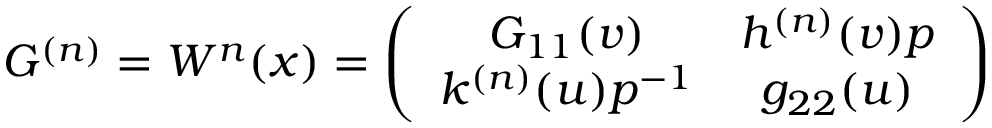
G ^ { ( n ) } = W ^ { n } ( x ) = \left( \begin{array} { c c } { { G _ { 1 1 } ( v ) } } & { { h ^ { ( n ) } ( v ) p } } \\ { { k ^ { ( n ) } ( u ) p ^ { - 1 } } } & { { g _ { 2 2 } ( u ) } } \end{array} \right)